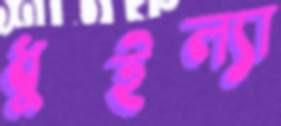
ধুইল্যা